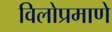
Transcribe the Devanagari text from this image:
विलोप्रमाणे